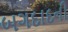
બગદાદની